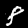
Digit: 8